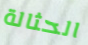
الحثالة